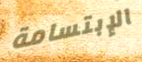
الإبتسامة